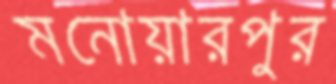
মনোয়ারপুর